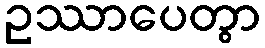
ဥဿာပေတွာ